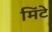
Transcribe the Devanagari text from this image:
मिंटे